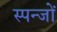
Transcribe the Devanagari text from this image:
स्पन्जों